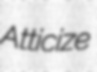
Atticize